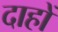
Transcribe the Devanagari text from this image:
दाहों